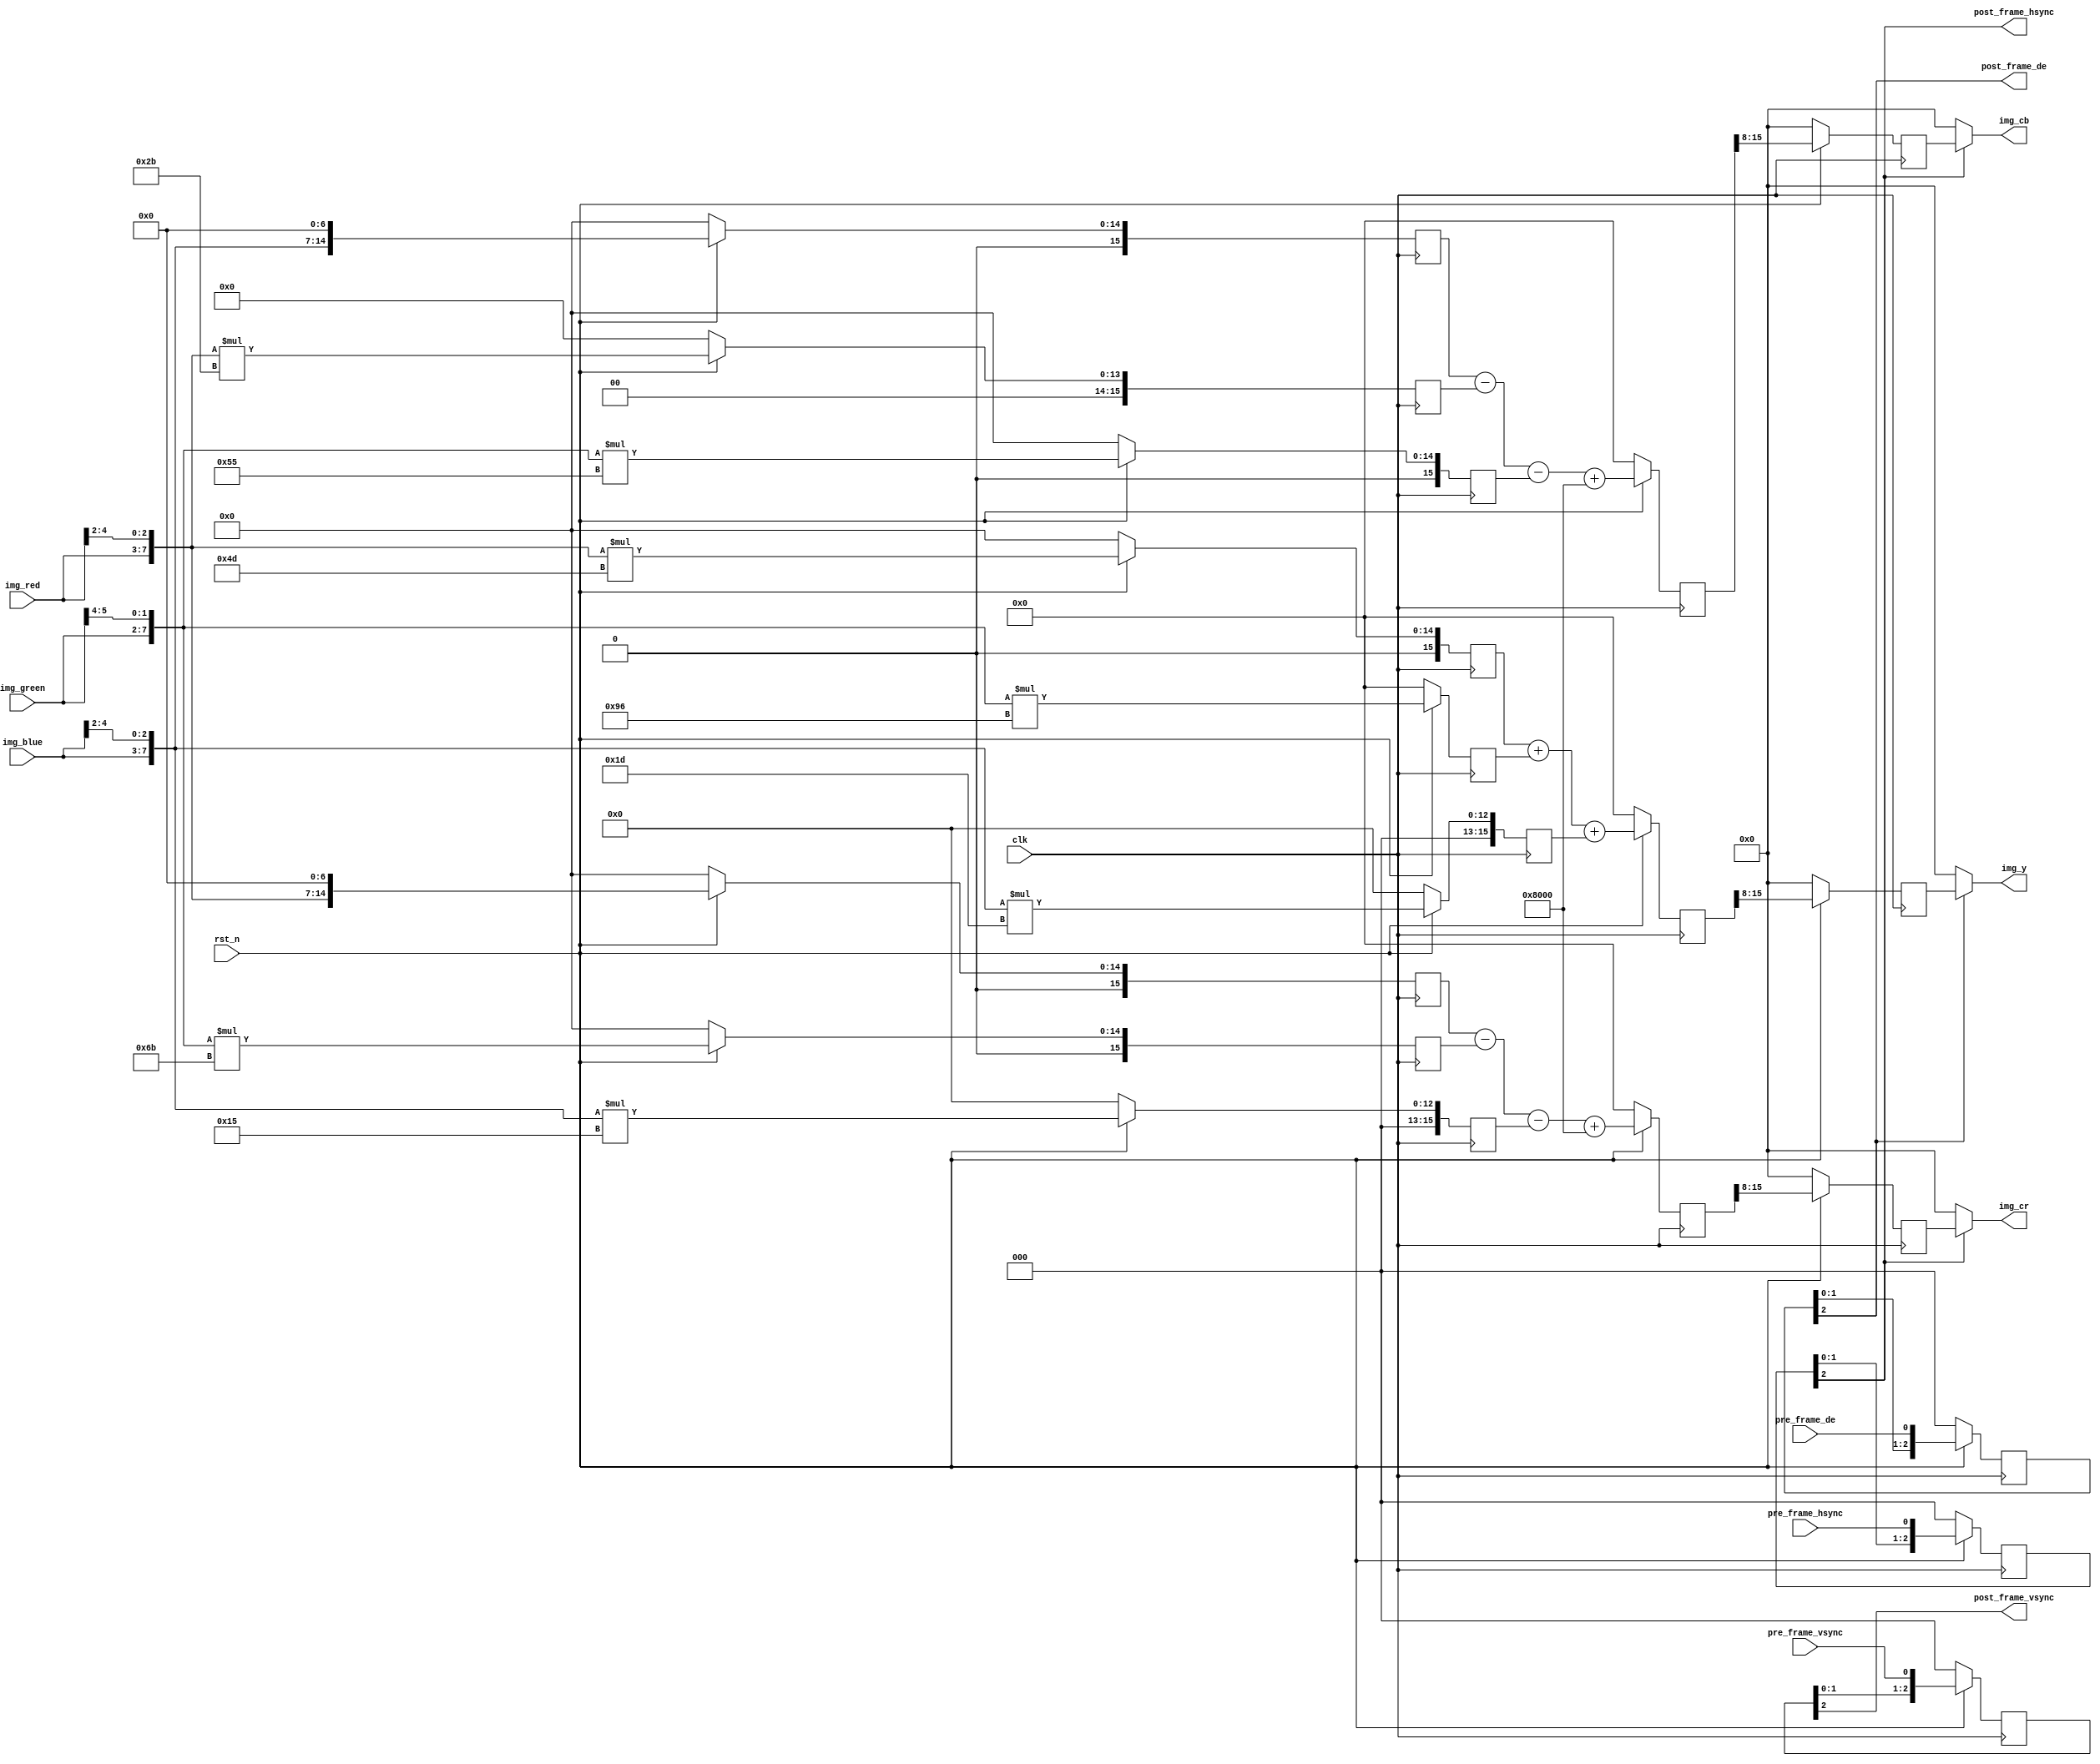
//****************************************Copyright (c)***********************************//
//www.openedv.com
//http://openedv.taobao.com
//""FPGA & STM32
//
//Copyright(C)  2018-2028
//All rights reserved
//----------------------------------------------------------------------------------------
// File name:           rgb2ycbcr
// Last modified Date:  2019/03/05 14:05:00
// Last Version:        V1.0
// Descriptions:        RGBYCbCr
//----------------------------------------------------------------------------------------
// Created by:          
// Created date:        2019/03/05 14:05:34
// Version:             V1.0
// Descriptions:        The original version
//
//----------------------------------------------------------------------------------------
//****************************************************************************************//

module rgb2ycbcr
(
    //module clock
    input               clk             ,   // 
    input               rst_n           ,   // 

    //
    input               pre_frame_vsync ,   // vsync
    input               pre_frame_hsync ,   // hsync
    input               pre_frame_de    ,   // data enable
    input       [4:0]   img_red         ,   // R
    input       [5:0]   img_green       ,   // G
    input       [4:0]   img_blue        ,   // B

    //
    output              post_frame_vsync,   // vsync
    output              post_frame_hsync,   // hsync
    output              post_frame_de   ,   // data enable
    output      [7:0]   img_y           ,   // Y
    output      [7:0]   img_cb          ,   // Cb
    output      [7:0]   img_cr              // Cr
);

//reg define
reg  [15:0]   rgb_r_m0/*synthesis PAP_MARK_DEBUG="1"*/, rgb_r_m1, rgb_r_m2;
reg  [15:0]   rgb_g_m0/*synthesis PAP_MARK_DEBUG="1"*/, rgb_g_m1, rgb_g_m2;
reg  [15:0]   rgb_b_m0/*synthesis PAP_MARK_DEBUG="1"*/, rgb_b_m1, rgb_b_m2;
reg  [15:0]   img_y0 /*synthesis PAP_MARK_DEBUG="1"*/;
reg  [15:0]   img_cb0;
reg  [15:0]   img_cr0;
reg  [ 7:0]   img_y1 /*synthesis PAP_MARK_DEBUG="1"*/;
reg  [ 7:0]   img_cb1;
reg  [ 7:0]   img_cr1;
reg  [ 2:0]   pre_frame_vsync_d;
reg  [ 2:0]   pre_frame_hsync_d/*synthesis PAP_MARK_DEBUG="1"*/;
reg  [ 2:0]   pre_frame_de_d   ;

//wire define
wire [ 7:0]   rgb888_r/*synthesis PAP_MARK_DEBUG="1"*/;
wire [ 7:0]   rgb888_g/*synthesis PAP_MARK_DEBUG="1"*/;
wire [ 7:0]   rgb888_b/*synthesis PAP_MARK_DEBUG="1"*/;

//*****************************************************
//**                    main code
//*****************************************************

//RGB565 to RGB 888
assign rgb888_r         = {img_red  , img_red[4:2]  };
assign rgb888_g         = {img_green, img_green[5:4]};
assign rgb888_b         = {img_blue , img_blue[4:2] };
//
assign post_frame_vsync = pre_frame_vsync_d[2]      ;
assign post_frame_hsync = pre_frame_hsync_d[2]      ;
assign post_frame_de    = pre_frame_de_d[2]         ;
assign img_y            = post_frame_de ? img_y1 : 8'd0;;//post_frame_hsync ? img_y1 : 8'd0;
assign img_cb           = post_frame_hsync ? img_cb1: 8'd0;
assign img_cr           = post_frame_hsync ? img_cr1: 8'd0;

//--------------------------------------------
//RGB 888 to YCbCr

/********************************************************
            RGB888 to YCbCr
 Y  = 0.299R +0.587G + 0.114B
 Cb = 0.568(B-Y) + 128 = -0.172R-0.339G + 0.511B + 128
 CR = 0.713(R-Y) + 128 = 0.511R-0.428G -0.083B + 128

 Y  = (77 *R    +    150*G    +    29 *B)>>8
 Cb = (-43*R    -    85 *G    +    128*B)>>8 + 128
 Cr = (128*R    -    107*G    -    21 *B)>>8 + 128

 Y  = (77 *R    +    150*G    +    29 *B        )>>8
 Cb = (-43*R    -    85 *G    +    128*B + 32768)>>8
 Cr = (128*R    -    107*G    -    21 *B + 32768)>>8
*********************************************************/

//step1 pipeline mult
always @(posedge clk) begin
    if(!rst_n) begin
        rgb_r_m0 <= 16'd0;
        rgb_r_m1 <= 16'd0;
        rgb_r_m2 <= 16'd0;
        rgb_g_m0 <= 16'd0;
        rgb_g_m1 <= 16'd0;
        rgb_g_m2 <= 16'd0;
        rgb_b_m0 <= 16'd0;
        rgb_b_m1 <= 16'd0;
        rgb_b_m2 <= 16'd0;
    end
    else begin
        rgb_r_m0 <= rgb888_r * 8'd77 ;
        rgb_r_m1 <= rgb888_r * 8'd43 ;
        rgb_r_m2 <= rgb888_r << 3'd7 ;
        rgb_g_m0 <= rgb888_g * 8'd150;
        rgb_g_m1 <= rgb888_g * 8'd85 ;
        rgb_g_m2 <= rgb888_g * 8'd107;
        rgb_b_m0 <= rgb888_b * 8'd29 ;
        rgb_b_m1 <= rgb888_b << 3'd7 ;
        rgb_b_m2 <= rgb888_b * 8'd21 ;
    end
end

//step2 pipeline add
always @(posedge clk) begin
    if(!rst_n) begin
        img_y0  <= 16'd0;
        img_cb0 <= 16'd0;
        img_cr0 <= 16'd0;
    end
    else begin
        img_y0  <= rgb_r_m0 + rgb_g_m0 + rgb_b_m0;
        img_cb0 <= rgb_b_m1 - rgb_r_m1 - rgb_g_m1 + 16'd32768;
        img_cr0 <= rgb_r_m2 - rgb_g_m2 - rgb_b_m2 + 16'd32768;
    end

end

//step3 pipeline div
always @(posedge clk) begin
    if(!rst_n) begin
        img_y1  <= 8'd0;
        img_cb1 <= 8'd0;
        img_cr1 <= 8'd0;
    end
    else begin
        img_y1  <= img_y0 [15:8];
        img_cb1 <= img_cb0[15:8];
        img_cr1 <= img_cr0[15:8];
    end
end

//3
always@(posedge clk) begin
    if(!rst_n) begin
        pre_frame_vsync_d <= 3'd0;
        pre_frame_hsync_d <= 3'd0;
        pre_frame_de_d    <= 3'd0;
    end
    else begin
        pre_frame_vsync_d <= {pre_frame_vsync_d[1:0], pre_frame_vsync};
        pre_frame_hsync_d <= {pre_frame_hsync_d[1:0], pre_frame_hsync};
        pre_frame_de_d    <= {pre_frame_de_d[1:0]   , pre_frame_de   };
    end
end

endmodule